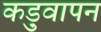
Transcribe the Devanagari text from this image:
कड़ुवापन